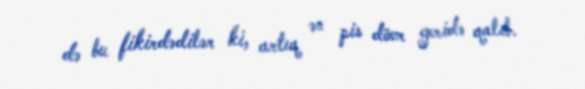
də bu fikirdədilər ki, artıq ən pis dövr geridə qalıb.